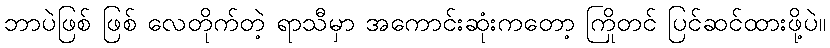
ဘာပဲဖြစ် ဖြစ် လေတိုက်တဲ့ ရာသီမှာ အကောင်းဆုံးကတော့ ကြိုတင် ပြင်ဆင်ထားဖို့ပဲ။